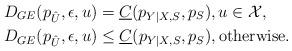
LaTeX: \begin{align*}&D_{GE}(p_{\hat{U}},\epsilon,u)=\underline{C}(p_{Y|X,S},p_S),u\in\mathcal{X}, \\&D_{GE}(p_{\hat{U}},\epsilon,u)\leq \underline{C}(p_{Y|X,S},p_S),\mbox{otherwise}.\end{align*}